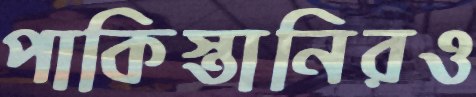
পাকিস্তানিরও